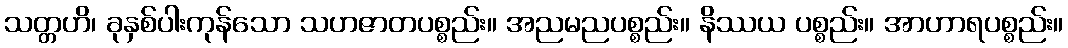
သတ္တဟိ၊ ခုနှစ်ပါးကုန်သော သဟဇာတပစ္စည်း။ အညမညပစ္စည်း။ နိဿယ ပစ္စည်း။ အာဟာရပစ္စည်း။